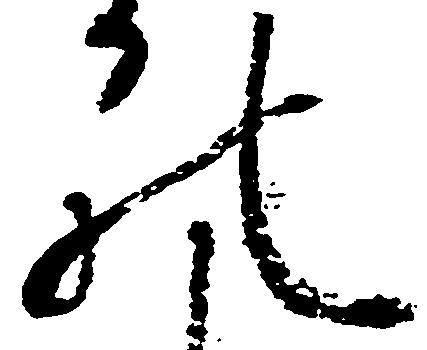
の